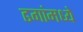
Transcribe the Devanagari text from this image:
ढगांमध्ये